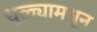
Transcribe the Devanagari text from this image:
धुळ्यामधून